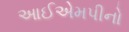
આઈએમપીનો